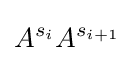
A^{s_{i}}A^{s_{i+1}}